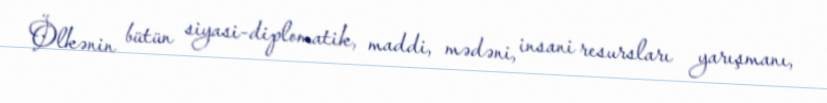
Ölkənin bütün siyasi-diplomatik, maddi, mədəni, insani resursları yarışmanı,